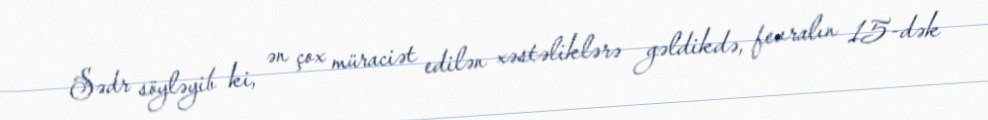
Sədr söyləyib ki, ən çox müraciət edilən xəstəliklərə gəldikdə, fevralın 15-dək